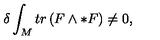
\delta \int _ { M } t r \left( F \wedge * F \right) \neq 0 ,